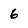
Character: 6